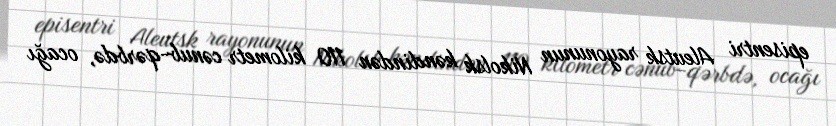
episentri Aleutsk rayonunun Nikolsk kəndindən 110 kilometr cənub-qərbdə, ocağı